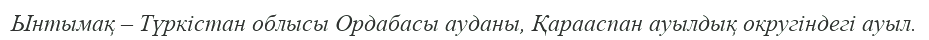
Ынтымақ – Түркістан облысы Ордабасы ауданы, Қарааспан ауылдық округіндегі ауыл.